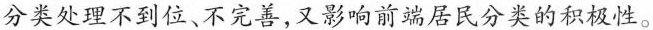
分类处理不到位、不完善，又影响前端居民分类的积极性。